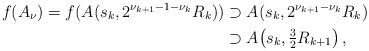
LaTeX: \begin{align*} f(A_\nu) = f(A(s_k, 2^{\nu_{k+1}-1-\nu_k}R_k)) & \supset A(s_k, 2^{\nu_{k+1}-\nu_k}R_k) \\ & \supset A\!\left(s_k, \tfrac32 R_{k+1}\right), \end{align*}